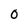
Character: 0